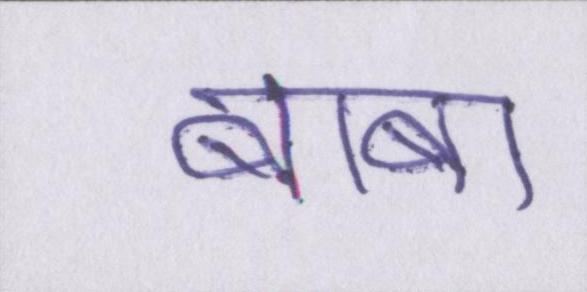
बाबा